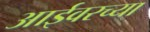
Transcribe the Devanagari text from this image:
आईवरच्या